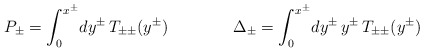
\begin{align*}P_\pm = \int_0^{x^\pm}\!dy^\pm\, T_{\pm\pm}(y^\pm)\qquad\qquad\Delta_\pm = \int_0^{x^\pm}\!dy^\pm\,y^\pm\, T_{\pm\pm}(y^\pm)\end{align*}